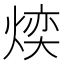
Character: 㷜